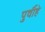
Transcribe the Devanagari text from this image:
पुर्वीहे